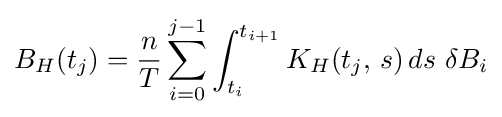
B_{H}(t_{j})={\frac {n}{T}}\sum _{i=0}^{j-1}\int _{t_{i}}^{t_{i+1}}K_{H}(t_{j},\,s)\,ds\ \delta B_{i}